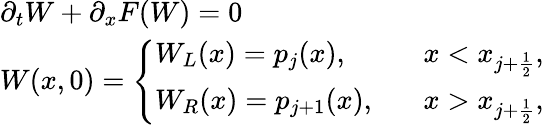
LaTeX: \begin{array}{ll}{\partial_{t}W+\partial_{x}F(W)=0}\\ {W(x,0)=\left\{ \begin{array}{ll}{W_{L}(x)=p_{j}(x),}&{\; \; \; x<x_{j+\frac{1}{2}},}\\ {W_{R}(x)=p_{j+1}(x),}&{\; \; \; x>x_{j+\frac{1}{2}},}\end{array}\right.}\end{array}